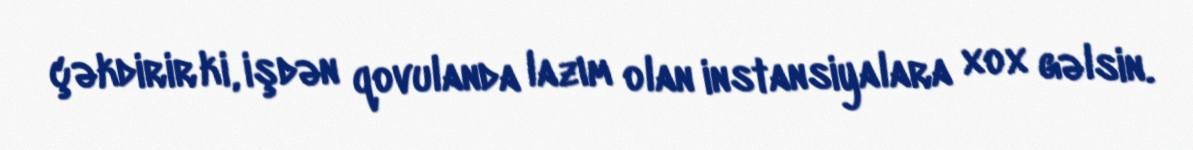
çəkdirir ki, işdən qovulanda lazım olan instansiyalara xox gəlsin.